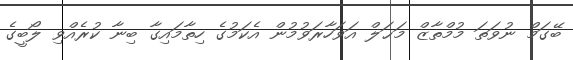
ބޭގަމް ނުވަތަ މުމްތާޒް މަޙަލް އަވަހާރަވުމުން އެކަމުގެ ހިތާމައިގާ ބިނާ ކުރެއްވި ލޯބީގެ